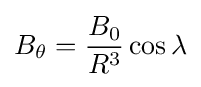
B_{\theta }={\frac {B_{0}}{R^{3}}}\cos \lambda